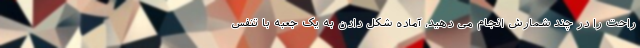
راحت را در چند شمارش انجام می دهید، آماده شکل دادن به یک جعبه با تنفس